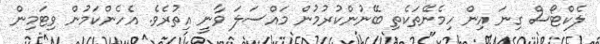
ލެކްޓޯސް ގިނަ އިން ހިމެނޭތަކެތި ބޭނުންކުރުމުން މައްސަލަ ވާނީ އިތުރެވެ. އެހެންކަމުން ވިޓަމިން